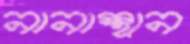
নানাস্থান